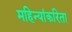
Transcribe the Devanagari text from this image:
महिन्यांकरिता